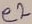
Text: e2